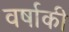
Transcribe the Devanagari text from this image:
वर्षाकी